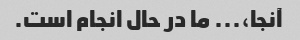
آنجا،... ما در حال انجام است.